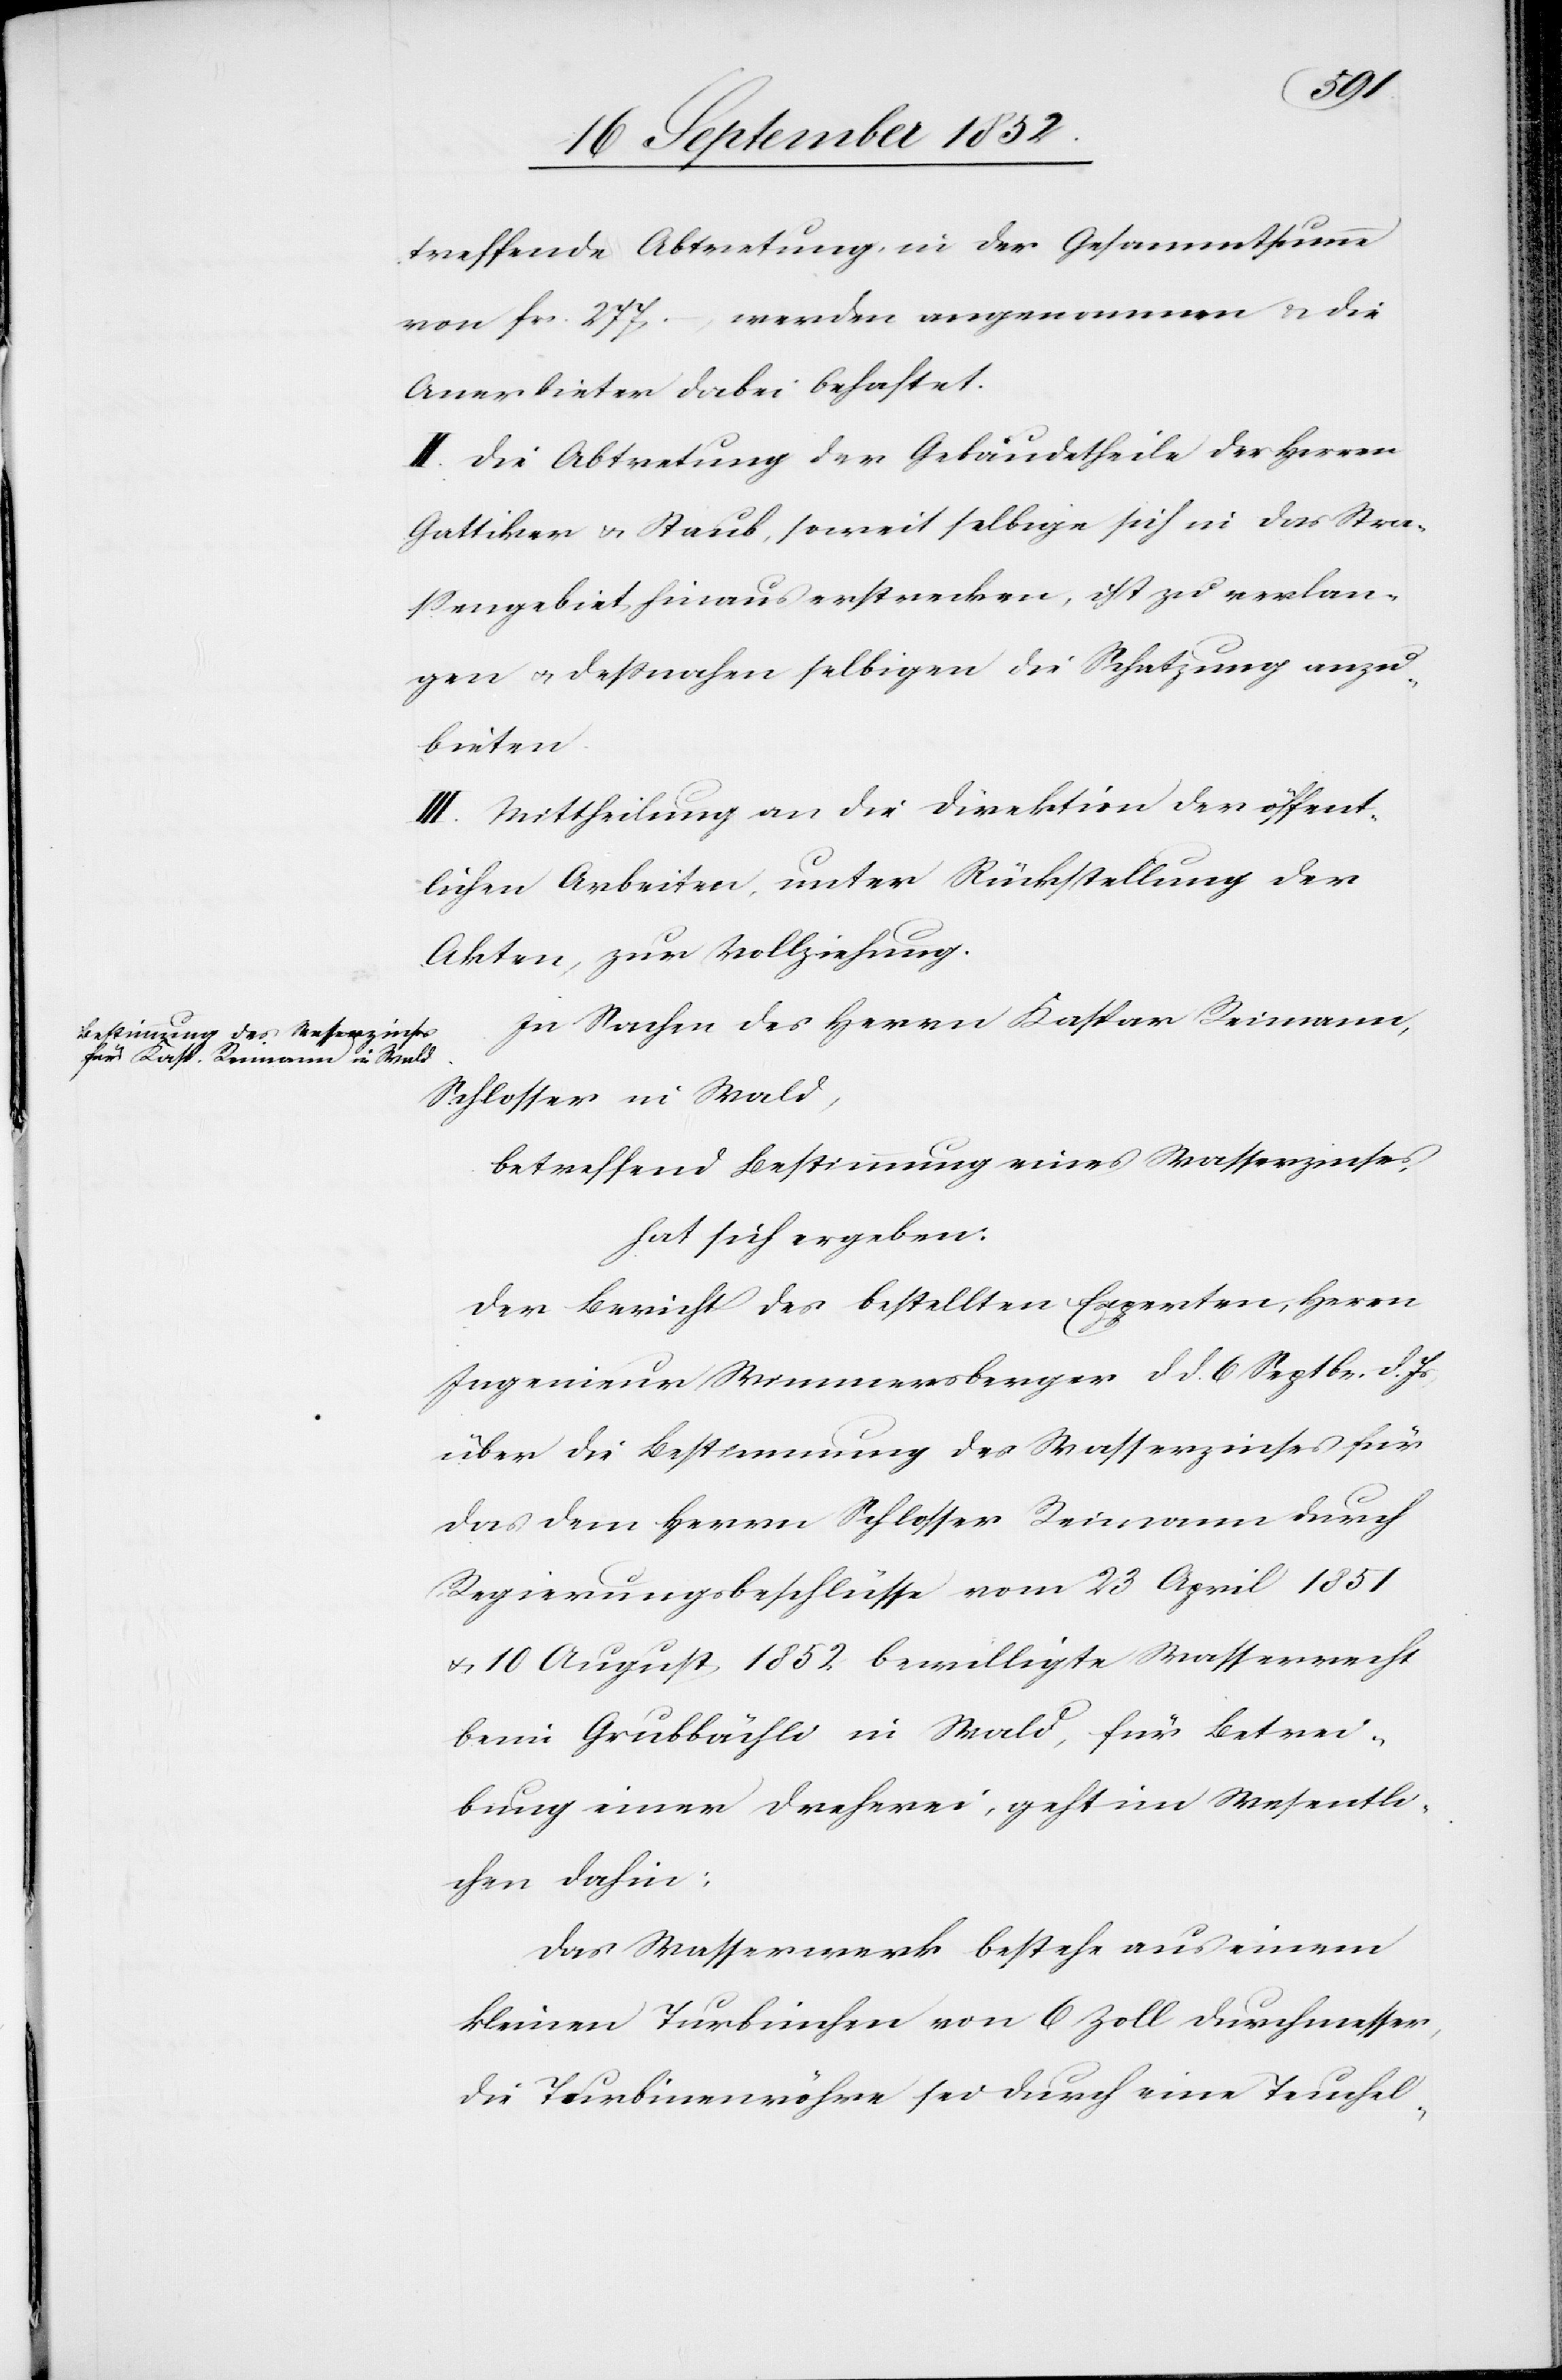
treffende Abtretung, in der Gesammtsumme
von fr. 277. –, werden angenommen & die
Anerbieter dabei behaftet.
II. Die Abtretung der Gebäudetheile der Herren
Gattiker & Staub, soweit selbige sich in das Stra¬
ssengebiet hinaus erstrecken, ist zu verlan¬
gen & dessnahen selbigen die Schatzung anzu¬
bieten.
III. Mittheilung an die Direktion der öffent¬
lichen Arbeiten, unter Rückstellung der
Akten, zur Vollziehung.
In Sachen des Herrn Kaspar Reimann,
Schlosser in Wald,
betreffend Bestimmung eines Wasserzinses,
hat sich ergeben:
Der Bericht des bestellten Experten, Herrn
Ingenieur Wimmersberger d d. 6 Septbr. d. Js
über die Bestimmung des Wasserzinses für
das dem Herrn Schlosser Reimann durch
Regierungsbeschlüsse vom 23 April 1851
& 10 August 1852 bewilligte Wasserrecht
beim Grubbächli in Wald, für Betrei¬
bung einer Dreherei, geht im Wesentli¬
chen dahin:
Das Wasserwerk bestehe aus einem
kleinen Turbinchen von 6 Zoll Durchmesser,
die Turbinenröhre sei durch eine Teuchel-